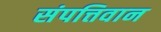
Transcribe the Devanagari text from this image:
संपत्तिवान